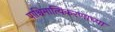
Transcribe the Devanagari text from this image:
पाश्चिमात्यिकरणाच्या